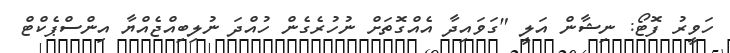
ހަވީރު ފޮޓޯ: ނިޝާން އަލީ "ގަވައިދާ އެއްގޮތަށް ނުހުރެގެން ހުއްދަ ނުލިބިއްޖެއްޔާ އިންސްޕެކްޓް